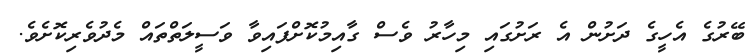
ބޭރުގެ އެހީގެ ދަށުން އެ ރަށުގައި މިހާރު ވެސް ގާއިމުކޮށްފައިވާ ވަސީލަތްތައް މެދުވެރިކޮށެވެ.